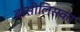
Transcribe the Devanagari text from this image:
बासीलिसका